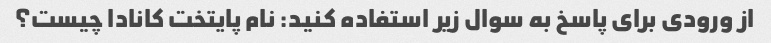
از ورودی برای پاسخ به سوال زیر استفاده کنید: نام پایتخت کانادا چیست؟